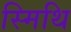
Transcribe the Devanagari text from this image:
स्मिथि